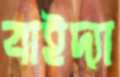
বাইদ্যা